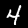
Label: 4